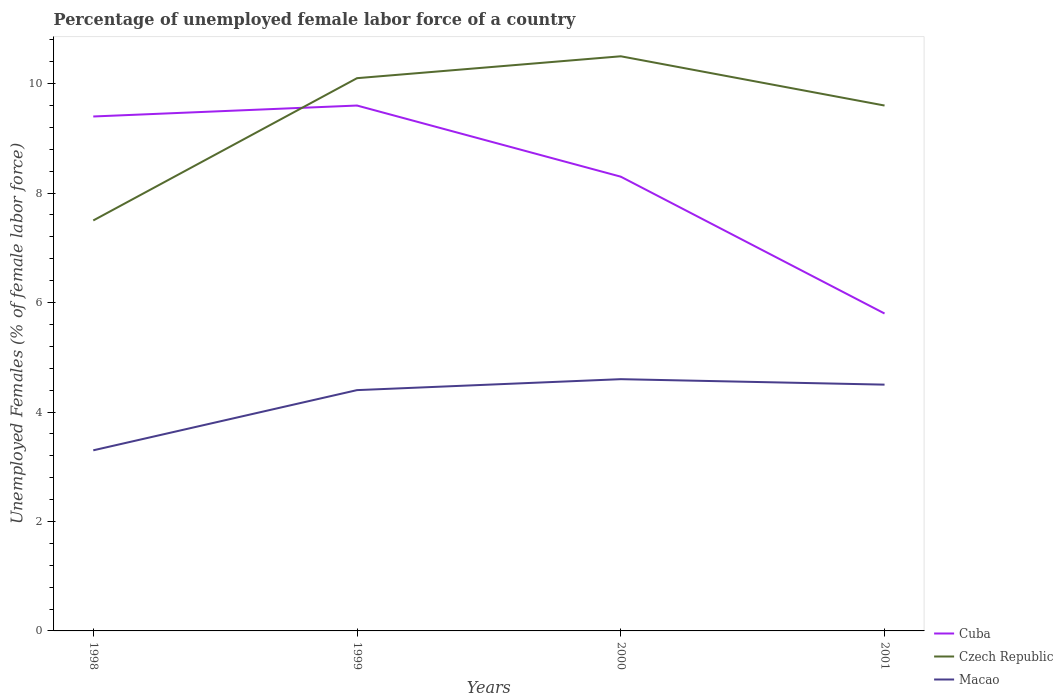
| Years | Cuba | Czech Republic | Macao |
 | --- | --- | --- | --- |
 | 1998 | 9.4 | 7.5 | 3.3 |
 | 1999 | 9.6 | 10.1 | 4.4 |
 | 2000 | 8.3 | 10.5 | 4.6 |
 | 2001 | 5.8 | 9.6 | 4.5 |